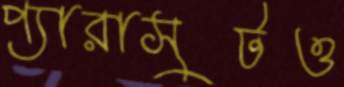
প্যারাসুটও